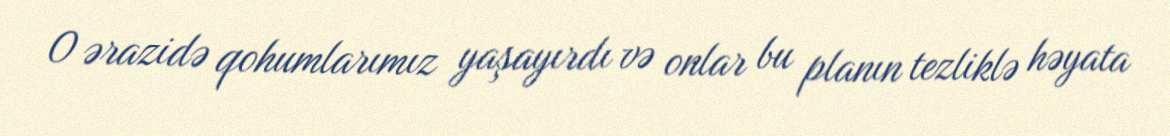
O ərazidə qohumlarımız yaşayırdı və onlar bu planın tezliklə həyata